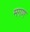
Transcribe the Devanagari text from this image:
मगण